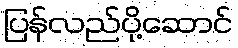
ပြန်လည်ပို့ဆောင်